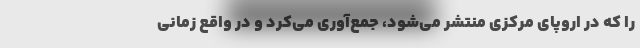
را که در اروپای مرکزی منتشر می‌شود، جمع‌آوری می‌کرد و در واقع زمانی